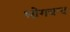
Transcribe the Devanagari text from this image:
भोगचन्द